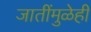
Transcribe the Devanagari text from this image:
जातींमुळेही